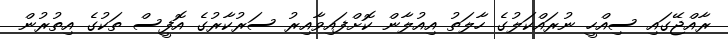
ރާއްޖޭގައި ސިއްހީ ނުރައްކަލުގެ ހާލަތު އިއުލާން ކޮށްފައިވާއިރު ސަރުކާރުގެ އޮފީސް ތަކުގެ އިތުރުން